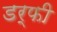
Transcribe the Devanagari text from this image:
डर्फी